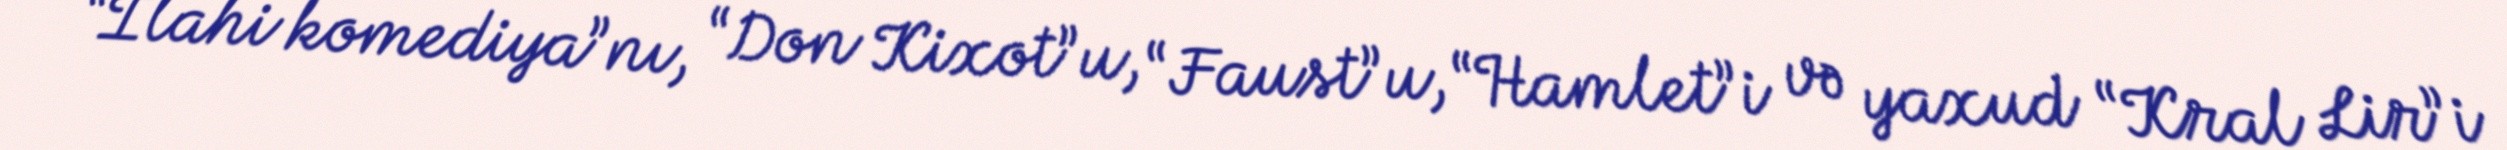
“İlahi komediya”nı, “Don Kixot”u, “Faust”u, “Hamlet”i və yaxud “Kral Lir”i